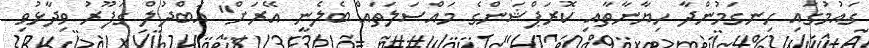
ގައުމުގައި ހިނގަމުންދާ ހިޔާނާތާއި ކޮރަޕްޝަންގެ މައްސަލަތައް ބެލެނީ އޭރަށް" އަބްދުލް ގަފޫރު ވިދާޅުވި